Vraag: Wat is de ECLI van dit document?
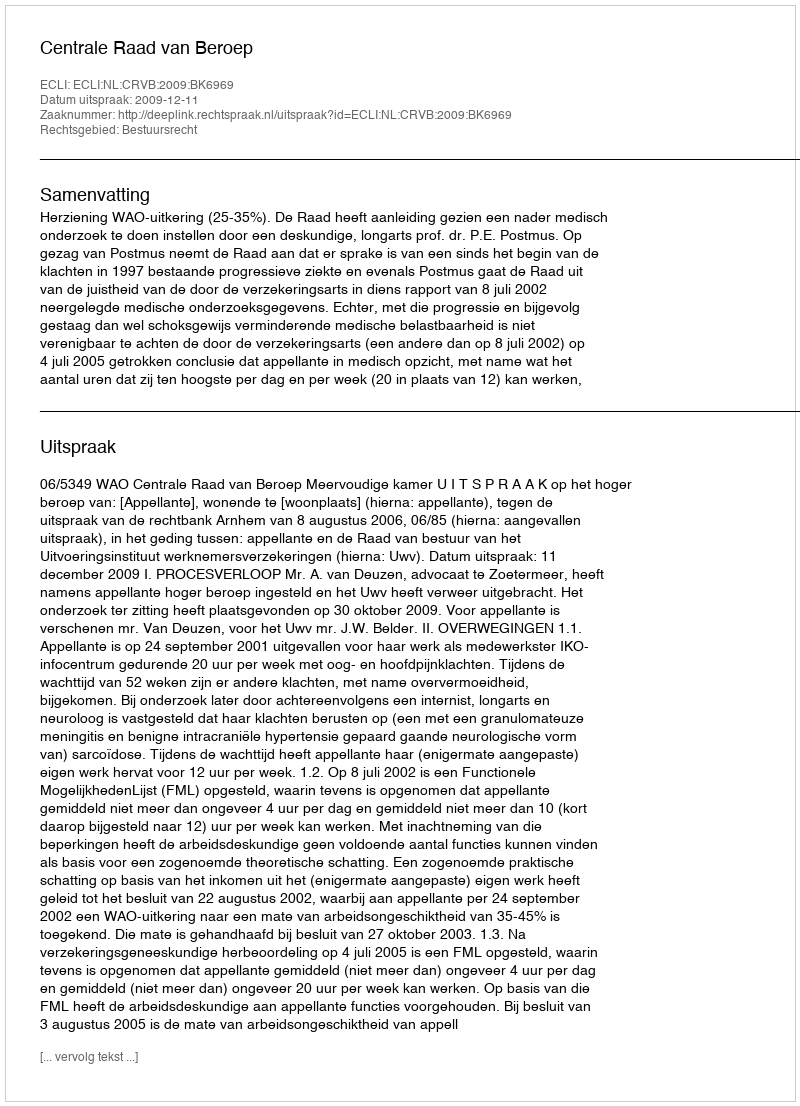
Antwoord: ECLI:NL:CRVB:2009:BK6969